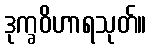
ဒုက္ခဝိဟာရသုတ်။